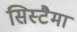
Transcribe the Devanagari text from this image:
सिस्टैमा